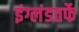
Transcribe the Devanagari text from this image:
इंग्लंडतर्फे